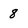
Character: 8